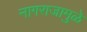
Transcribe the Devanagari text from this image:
नागराजामुळे